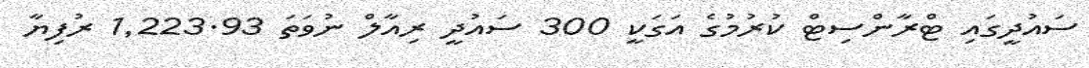
ސައުދީގައި ޓްރާންސިޓް ކުރުމުގެ އަގަކީ 300 ސައުދީ ރިއާލް ނުވަތަ 1